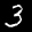
Label: 3